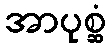
အာပုစ္ဆံ